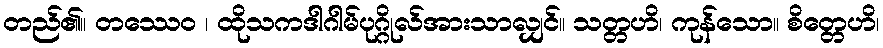
တည်၏။ တဿေဝ ၊ ထိုသကဒါဂါမ်ပုဂ္ဂိုလ်အားသာလျှင်။ သတ္တဟိ၊ ကုန်သော။ စိတ္တေဟိ၊